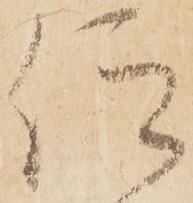
仰